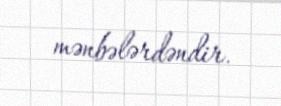
mənbələrdəndir.